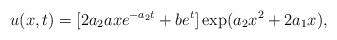
LaTeX: \begin{align*}u(x,t)=[2a_2axe^{-a_2t}+be^t]\exp(a_2x^2+2a_1x), \end{align*}